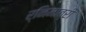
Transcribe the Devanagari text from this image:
र्निमात्री